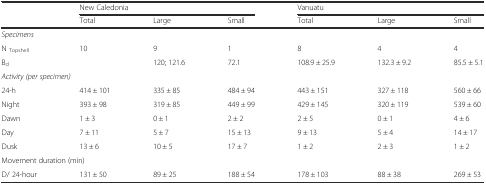
|  | <COLSPAN=3> New Caledonia | <COLSPAN=3> Vanuatu |
 |  | Total | Large | Small | Total | Large | Small |
 | --- | --- | --- | --- | --- | --- | --- |
 | <COLSPAN=7> Specimens |
 | N Topshell | 10 | 9 | 1 | 8 | 4 | 4 |
 | Bd |  | 120; 121.6 | 72.1 | 108.9 ± 25.9 | 132.3 ± 9.2 | 85.5 ± 5.1 |
 | <COLSPAN=7> Activity (per specimen) |
 | 24-h | 414 ± 101 | 335 ± 85 | 484 ± 94 | 443 ± 151 | 327 ± 118 | 560 ± 66 |
 | Night | 393 ± 98 | 319 ± 85 | 449 ± 99 | 429 ± 145 | 320 ± 119 | 539 ± 60 |
 | Dawn | 1 ± 3 | 0 ± 1 | 2 ± 2 | 2 ± 5 | 0 ± 1 | 4 ± 6 |
 | Day | 7 ± 11 | 5 ± 7 | 15 ± 13 | 9 ± 13 | 5 ± 4 | 14 ± 17 |
 | Dusk | 13 ± 6 | 10 ± 5 | 17 ± 7 | 1 ± 2 | 2 ± 3 | 1 ± 2 |
 | <COLSPAN=7> Movement duration (min) |
 | D/ 24-hour | 131 ± 50 | 89 ± 25 | 188 ± 54 | 178 ± 103 | 88 ± 38 | 269 ± 53 |